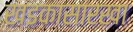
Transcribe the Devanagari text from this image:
खडकासारखा